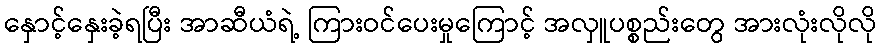
နှောင့်နှေးခဲ့ရပြီး အာဆီယံရဲ့ ကြားဝင်ပေးမှုကြောင့် အလှူပစ္စည်းတွေ အားလုံးလိုလို